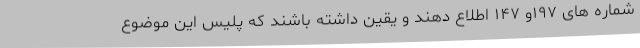
شماره های ۱۹۷و ۱۴۷ اطلاع دهند و یقین داشته باشند که پلیس این موضوع